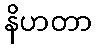
နိဟတာ